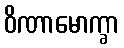
ဝိဏာမောက္ခာ